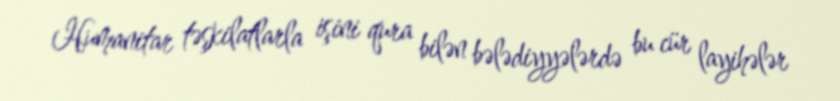
Humanitar təşkilatlarla işini qura bilən bələdiyyələrdə bu cür layihələr